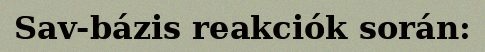
Sav-bázis reakciók során: